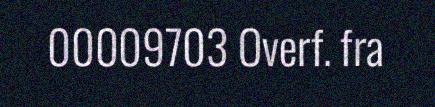
00009703 Overf. fra